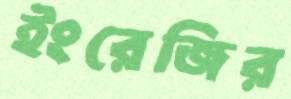
ইংরেজির